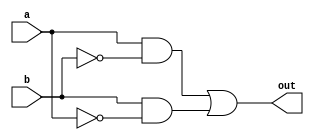
module my_xor(out, a, b);
input a, b;
output out;
wire a_inv, b_inv, res1, res2;
not(a_inv, a);
not(b_inv, b);
and(res1, a, b_inv);
and(res2, b, a_inv);
or(out, res1, res2);
endmodule